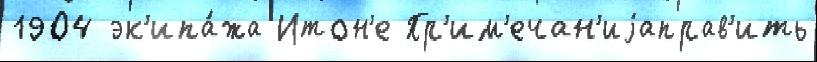
1904 эк'ипа́жа Итон'е Пр'им'ечан'иjаправ'ить